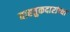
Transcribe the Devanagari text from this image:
वाहतुकदारांच्या